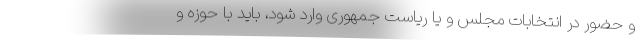
و حضور در انتخابات مجلس و یا ریاست جمهوری وارد شود، باید با حوزه و